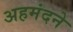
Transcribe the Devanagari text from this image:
अहमंदने